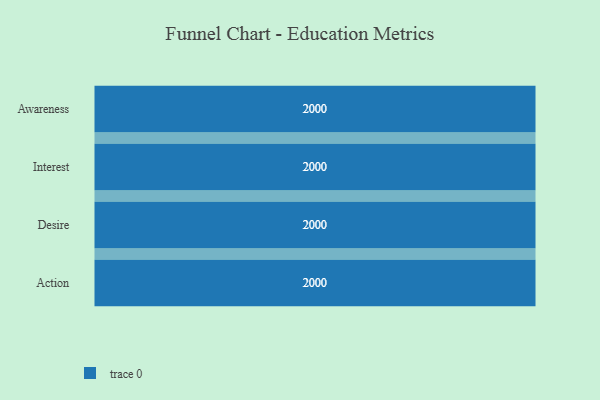
{"axis": {"x": "Stage", "y": "Value"}, "legend": [""], "data": [{"x": "Awareness", "y": 2000, "type": ""}, {"x": "Interest", "y": 2000, "type": ""}, {"x": "Desire", "y": 2000, "type": ""}, {"x": "Action", "y": 2000, "type": ""}]}